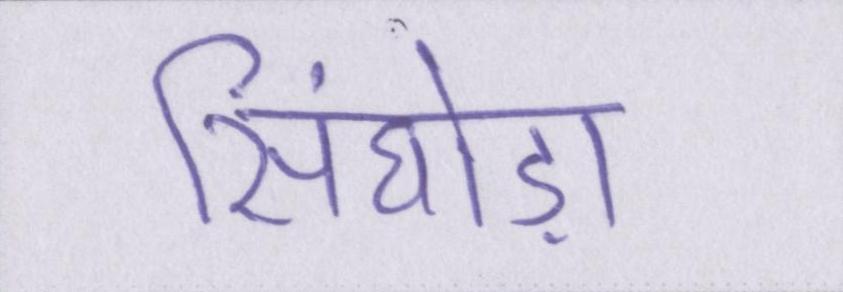
सिंघोड़ा